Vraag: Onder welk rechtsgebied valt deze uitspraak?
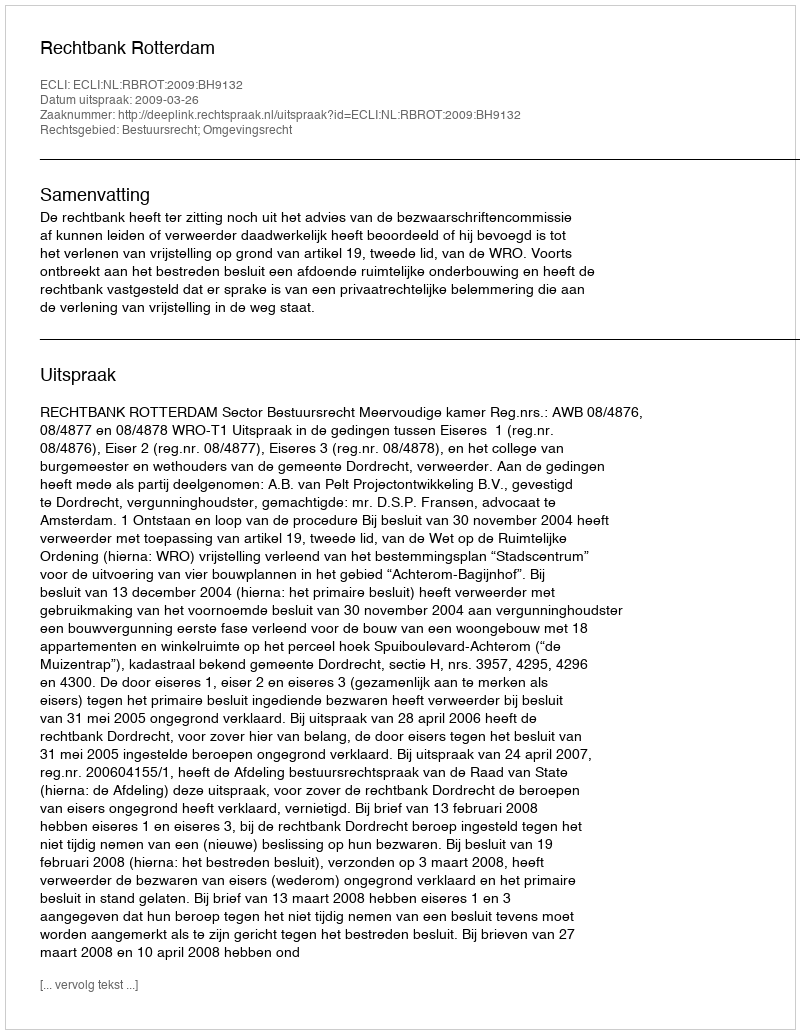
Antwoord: Bestuursrecht; Omgevingsrecht